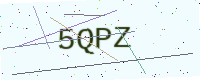
Text: 5QPZ